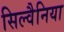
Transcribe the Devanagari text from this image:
सिल्वैनिया